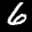
Label: 6